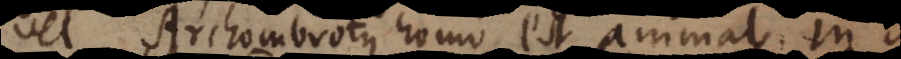
vel Archombrotus homo est animal. In